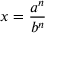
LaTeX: x = { \frac { a ^ { n } } { b ^ { n } } }